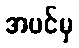
အပင်မှ